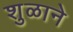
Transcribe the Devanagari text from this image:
शुळाने